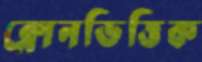
ক্লোনভিত্তিক